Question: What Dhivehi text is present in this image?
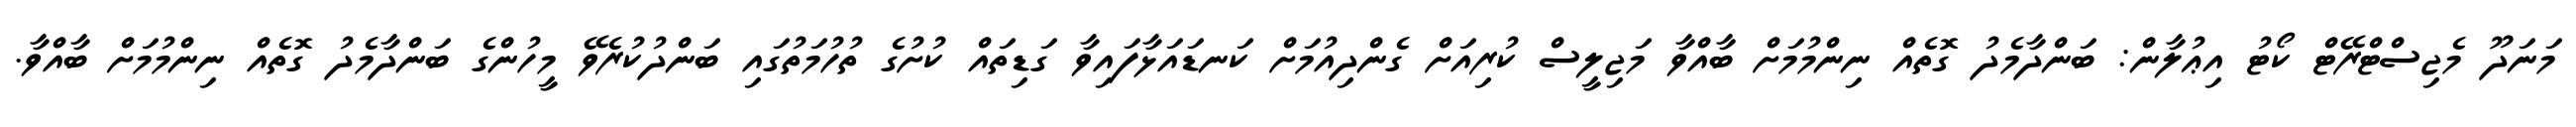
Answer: މަނަދޫ މެޖިސްޓްރޭޓް ކޯޓު އިޢުލާން: ބަންދާމެދު ގޮތެއް ނިންމުމަށް ބާއްވާ މަޖިލީސް ކުރިއަށް ގެންދިއުމަށް ކަނޑައަޅާފައިވާ ގަޑިތައް ކުށުގެ ތުހުމަތުގައި ބަންދުކުރެވޭ މީހުންގެ ބަންދާމެދު ގޮތެއް ނިންމުމަށް ބާއްވާ.